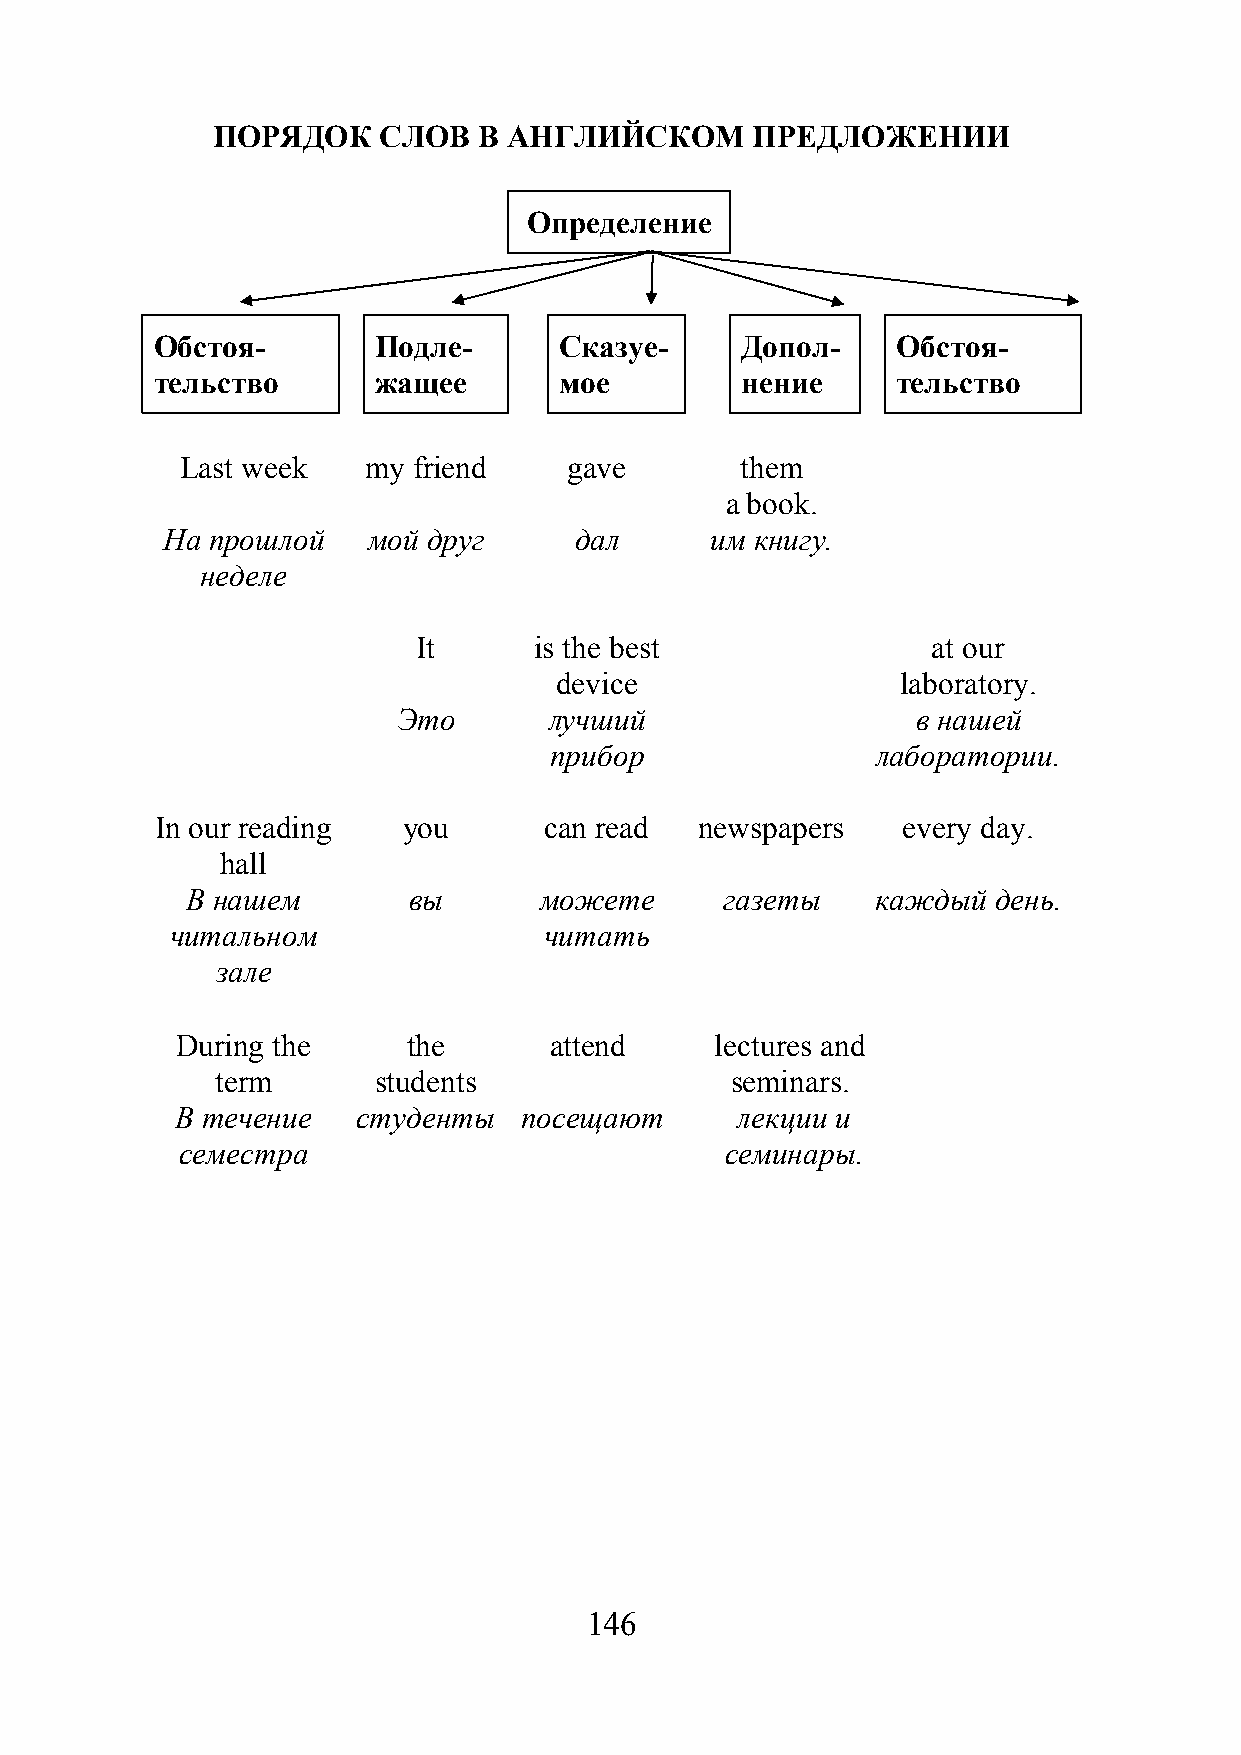
ПОРЯДОК    СЛОВ   В АНГЛИЙСКОМ      ПРЕДЛОЖЕНИИ
 Определение
 Обстоя-        Подле-      Сказуе-     Допол-    Обстоя-
 тельство       жащее       мое         нение     тельство
 Last week   my friend     gave       them
 a book.
 На прошлой   мой друг      дал      им книгу.
 неделе
 It     is the best                at our
 device                 laboratory.
 Это       лучший                   в нашей
 прибор                лаборатории.
 In our reading   you      can read  newspapers    every day.
 hall
 В нашем        вы       можете      газеты    каждый  день.
 читальном                читать
 зале
 During the     the      attend     lectures and
 term       students               seminars.
 В течение   студенты  посещают       лекции и
 семестра                            семинары.
 146